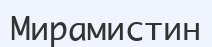
Мирамистин